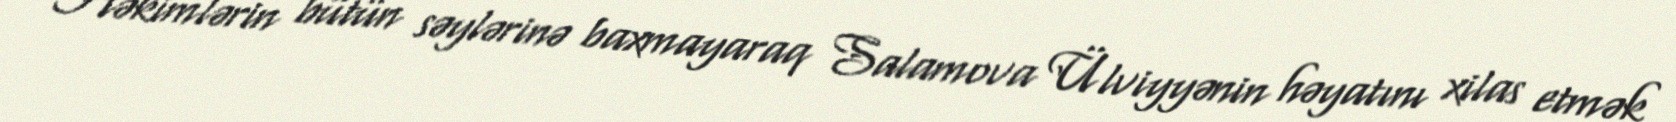
Həkimlərin bütün səylərinə baxmayaraq Salamova Ülviyyənin həyatını xilas etmək